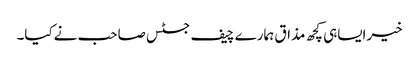
خیرایساہی کچھ مذاق ہمارے چیف جسٹس صاحب نےکیا۔